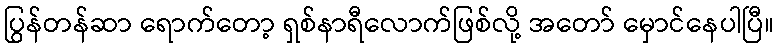
ပြွန်တန်ဆာ ရောက်တော့ ရှစ်နာရီလောက်ဖြစ်လို့ အတော် မှောင်နေပါပြီ။